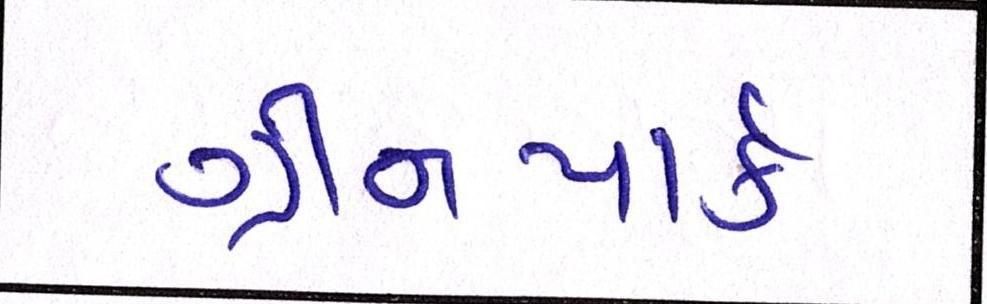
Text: ગ્રીનપાર્ક